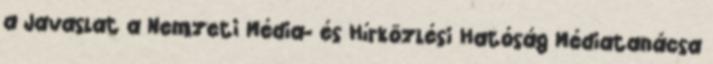
a Javaslat a Nemzeti Média- és Hírközlési Hatóság Médiatanácsa